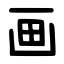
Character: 画